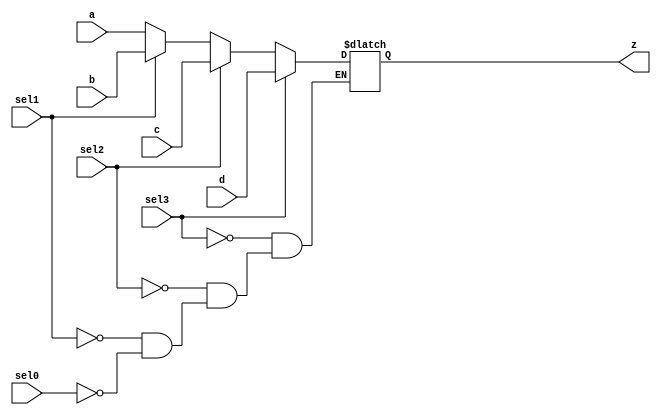
module mult_if(a, b, c, d, sel0, sel1, sel2, sel3, z);
input a, b, c, d;
input sel0, sel1, sel2, sel3;
output z;
reg z;
always @(a or b or c or d or sel0 or sel1 or sel2 or sel3)
   begin
      if (sel0) z = a;
      if (sel1) z = b;
      if (sel2) z = c;
      if (sel3) z = d;
   end
endmodule